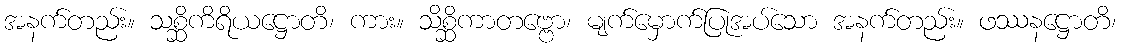
အနက်တည်း။ သစ္ဆိကိရိယဋ္ဌောတိ၊ ကား။ သိစ္ဆိကာတဗ္ဗော၊ မျက်မှောက်ပြုအပ်သော အနက်တည်း။ ဖဿနဋ္ဌောတိ၊